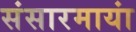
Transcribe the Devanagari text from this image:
संसारमायां